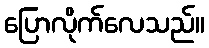
ပြောလိုက်လေသည်။